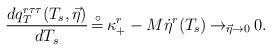
LaTeX: \begin{align*}{{d q_T^{r\tau\tau}(T_s,\vec \eta )}\over {dT_s}}\, {\buildrel\circ \over =}\, \kappa^r_{+}-M {\dot \eta}^r(T_s)\,{\rightarrow}_{\vec \eta \rightarrow 0}\, 0.\end{align*}